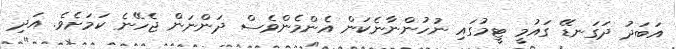
އަބަދު ދަގަނޑޭ ގައުމީ ޓީމުގައި ނުހުންނާނެކަން އެންމެންވެސް ދަންނަން ޖެހޭނެ ކަމަށެވެ. އަދި